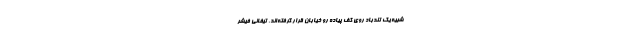
شبیه یک تندباد روی کف پیاده رو خیابان قرار گرفته‌اند. تیفانی فیشر